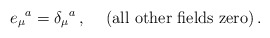
\begin{align*}e_\mu{}^a = \delta_\mu{}^a\, ,\hskip .5truecm ({\rm all\ other\ fields\ zero})\, .\end{align*}